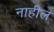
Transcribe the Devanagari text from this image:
नाहील